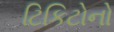
ટિકિટોનો